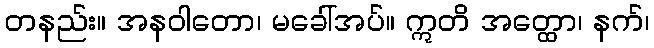
တနည်း။ အနဝါတော၊ မခေါ်အပ်။ ဣတိ အတ္ထော၊ နက်၊